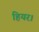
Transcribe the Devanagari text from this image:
हियर।